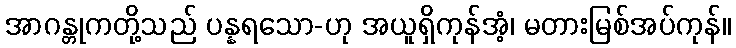
အာဂန္တုကတို့သည် ပန္နရသော-ဟု အယူရှိကုန်အံ့၊ မတားမြစ်အပ်ကုန်။